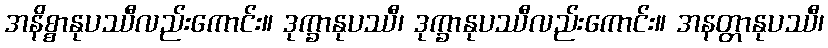
အနိစ္စာနုပဿီလည်းကောင်း။ ဒုက္ခာနုပဿီ၊ ဒုက္ခာနုပဿီလည်းကောင်း။ အနတ္တာနုပဿီ၊